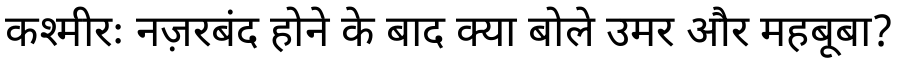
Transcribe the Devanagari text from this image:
कश्मीरः नज़रबंद होने के बाद क्या बोले उमर और महबूबा?